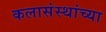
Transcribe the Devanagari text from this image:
कलासंस्थांच्या